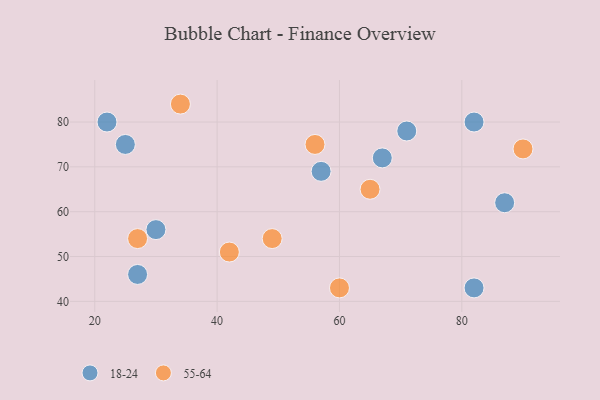
{"axis": {"x": "GDP", "y": "Life Expectancy"}, "legend": ["18-24", "55-64"], "data": [{"x": "87", "y": 62, "type": "18-24"}, {"x": "82", "y": 80, "type": "18-24"}, {"x": "30", "y": 56, "type": "18-24"}, {"x": "82", "y": 43, "type": "18-24"}, {"x": "57", "y": 69, "type": "18-24"}, {"x": "22", "y": 80, "type": "18-24"}, {"x": "27", "y": 46, "type": "18-24"}, {"x": "67", "y": 72, "type": "18-24"}, {"x": "25", "y": 75, "type": "18-24"}, {"x": "71", "y": 78, "type": "18-24"}, {"x": "56", "y": 75, "type": "55-64"}, {"x": "49", "y": 54, "type": "55-64"}, {"x": "27", "y": 54, "type": "55-64"}, {"x": "42", "y": 51, "type": "55-64"}, {"x": "65", "y": 65, "type": "55-64"}, {"x": "90", "y": 74, "type": "55-64"}, {"x": "34", "y": 84, "type": "55-64"}, {"x": "60", "y": 43, "type": "55-64"}]}